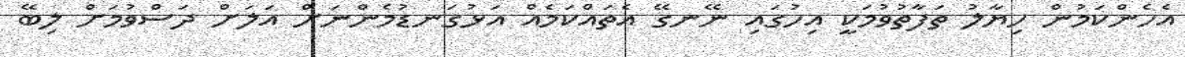
އެހެންކަމުން ހިޔާލު ތަފާތުވުމަކީ އިހުގައި ނޭނގޭ އެތައްކަމެއް އަޅުގަނޑުމެންނަށް އަލަށް ދަސްވުމަށް ލިބޭ